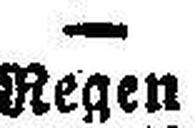
Regen